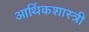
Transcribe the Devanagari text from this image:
आर्थिकशास्त्री